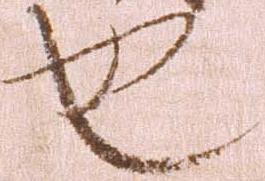
也